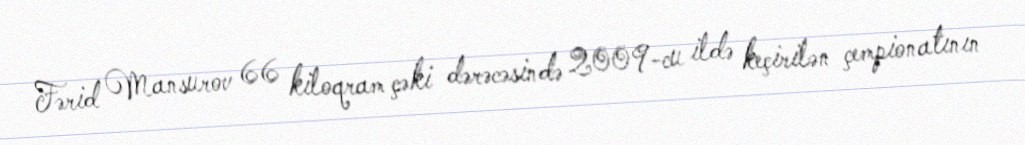
Fərid Mansurov 66 kiloqram çəki dərəcəsində 2009-cu ildə keçirilən çempionatının